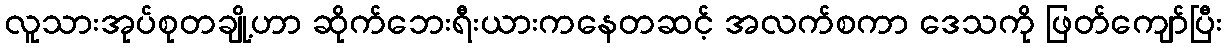
လူသားအုပ်စုတချို့ဟာ ဆိုက်ဘေးရီးယားကနေတဆင့် အလက်စကာ ဒေသကို ဖြတ်ကျော်ပြီး